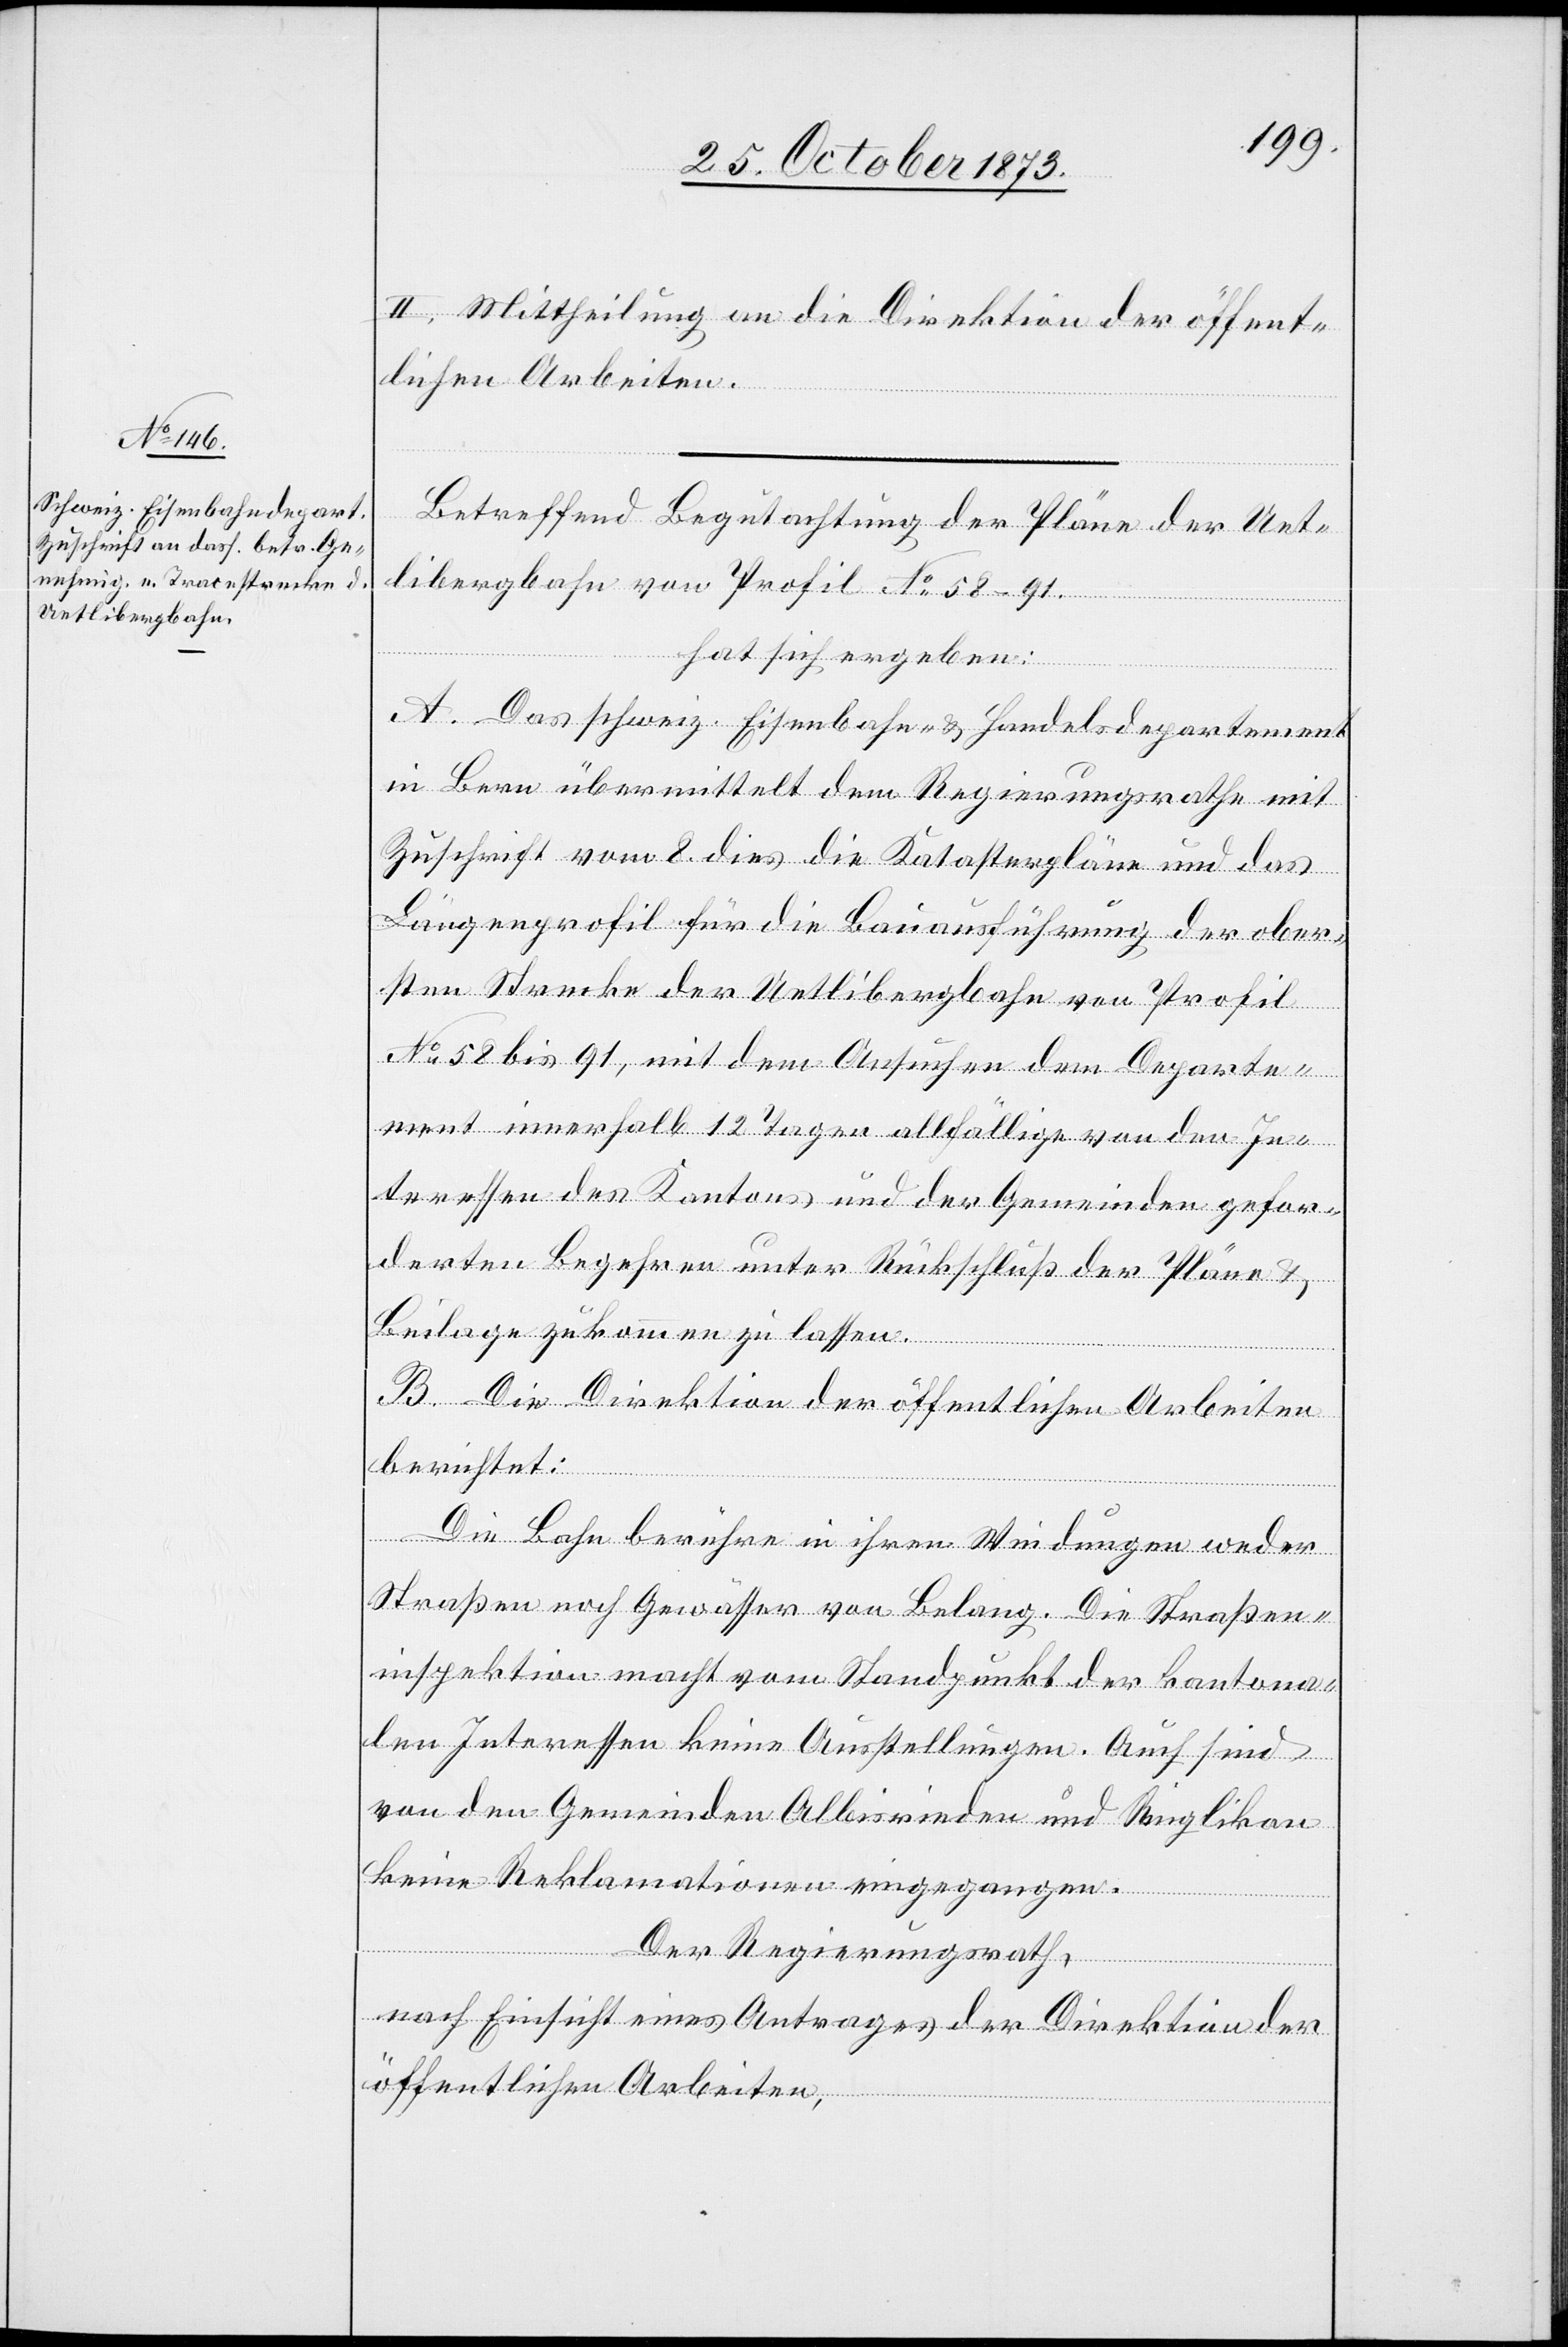
II. Mittheilung an die Direktion der öffent¬
lichen Arbeiten.
Betreffend Begutachtung der Pläne der Uet¬
libergbahn von Profil No 58–91.
hat sich ergeben:
A. Das schweiz. Eisenbahn- & Handelsdepartement
in Bern übermittelt dem Regierungsrathe mit
Zuschrift vom 8. dies die Katasterpläne und das
Längenprofil für die Bauausführung der ober¬
sten Strecke der Uetlibergbahn von Profil
No 58 bis 91, mit dem Ansuchen dem Departe¬
ment innerhalb 12 Tagen allfällige von den In¬
teressen des Kantons und der Gemeinden gefor¬
derten Begehren unter Rückschluß der Pläne &
Beilage zukommen zu lassen.
B. Die Direktion der öffentlichen Arbeiten
berichtet:
Die Bahn berühre in ihren Windungen weder
Straßen noch Gewässer von Belang. Die Straßen¬
inspektion macht vom Standpunkt der kantona¬
len Interessen keine Ausstellungen. Auch sind
von den Gemeinden Albisrieden und Ringlikon
keine Reklamationen eingegangen.
Der Regierungsrath,
nach Einsicht eines Antrages der Direktion der
öffentlichen Arbeiten,